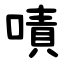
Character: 嘖